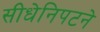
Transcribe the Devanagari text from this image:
सीधेनिपटने